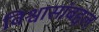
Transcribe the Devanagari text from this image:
विश्वासांबद्दल